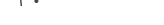
.     .